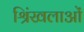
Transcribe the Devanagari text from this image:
श्रिंखलाओं